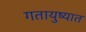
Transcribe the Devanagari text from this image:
गतायुष्यात